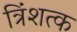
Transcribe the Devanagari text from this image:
त्रिंशत्क